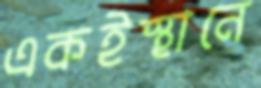
একইস্থানে